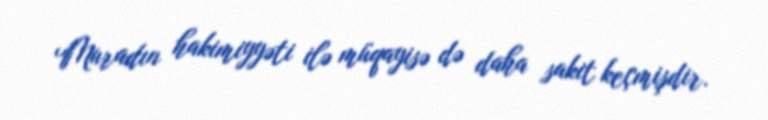
Muradın hakimiyyəti ilə müqayisə də daha sakit keçmişdir.